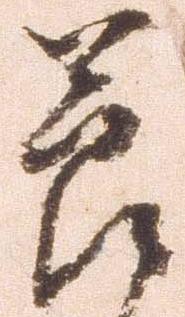
節